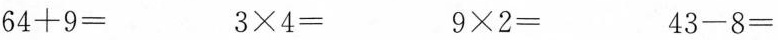
$$6 4+9=$$ $$3\times4=$$ $$9\times2=$$ $$4 3-8=$$